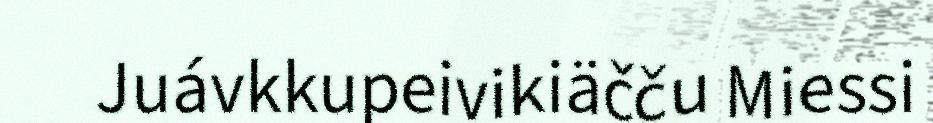
Juávkkupeivikiäčču Miessi